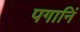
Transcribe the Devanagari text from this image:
पगानिं